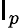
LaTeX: \mathsf{I}_{p}